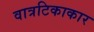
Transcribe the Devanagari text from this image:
वात्रटिकाकार